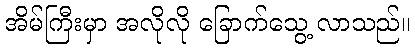
အိမ်ကြီးမှာ အလိုလို ခြောက်သွေ့ လာသည်။